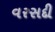
વરસદી